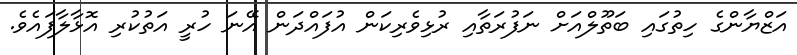
އަޒްޔާންގެ ހިތުގައި ބަތޫލްއަށް ނަފުރަތާއި ރުޅިވެރިކަން އުފައްދަން އޭނަ ހުރީ އަތުކުރި އޮޅާލާފައެވެ.